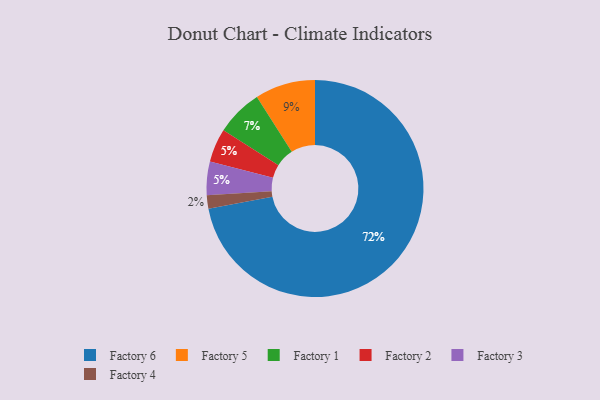
{"axis": {"x": "Category", "y": "Percentage"}, "legend": ["Factory 1", "Factory 2", "Factory 3", "Factory 4", "Factory 5", "Factory 6"], "data": [{"x": "Factory 1", "y": 7, "type": "Factory 1"}, {"x": "Factory 2", "y": 5, "type": "Factory 2"}, {"x": "Factory 3", "y": 5, "type": "Factory 3"}, {"x": "Factory 4", "y": 2, "type": "Factory 4"}, {"x": "Factory 5", "y": 9, "type": "Factory 5"}, {"x": "Factory 6", "y": 72, "type": "Factory 6"}]}